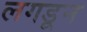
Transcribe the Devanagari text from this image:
लगडून